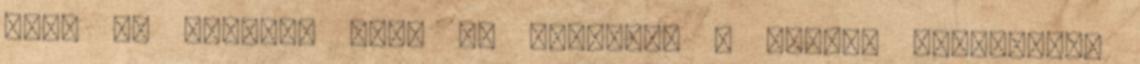
múlt el tizenöt éves és amelynek a vezére dicsekedve